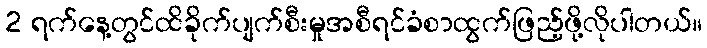
2 ရက်နေ့တွင်ထိခိုက်ပျက်စီးမှုအစီရင်ခံစာထွက်ဖြည့်ဖို့လိုပါတယ်။